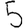
Digit: 5